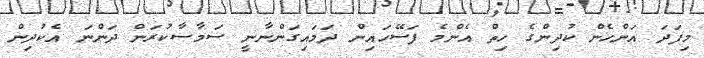
މިފަދަ އަންހެން ކުދިންގެ ހިތް އެންމެ ފަސޭހައިން ދަމައިގަންނާނީ ސަމާސާކުރަން ދަންނަ އެކުދިން